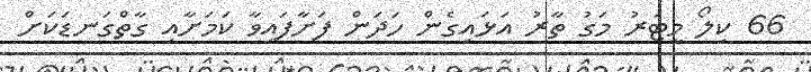
66 ކިލޯ މީޓަރު މަގު ތާރު އަޅައިގެން ހަދަން ފަށާފައިވާ ކަމަށާއި ގާތްގަނޑަކަށް